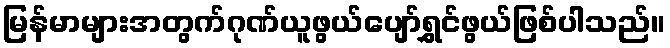
မြန်မာများအတွက်ဂုဏ်ယူဖွယ်ပျော်ရွှင်ဖွယ်ဖြစ်ပါသည်။